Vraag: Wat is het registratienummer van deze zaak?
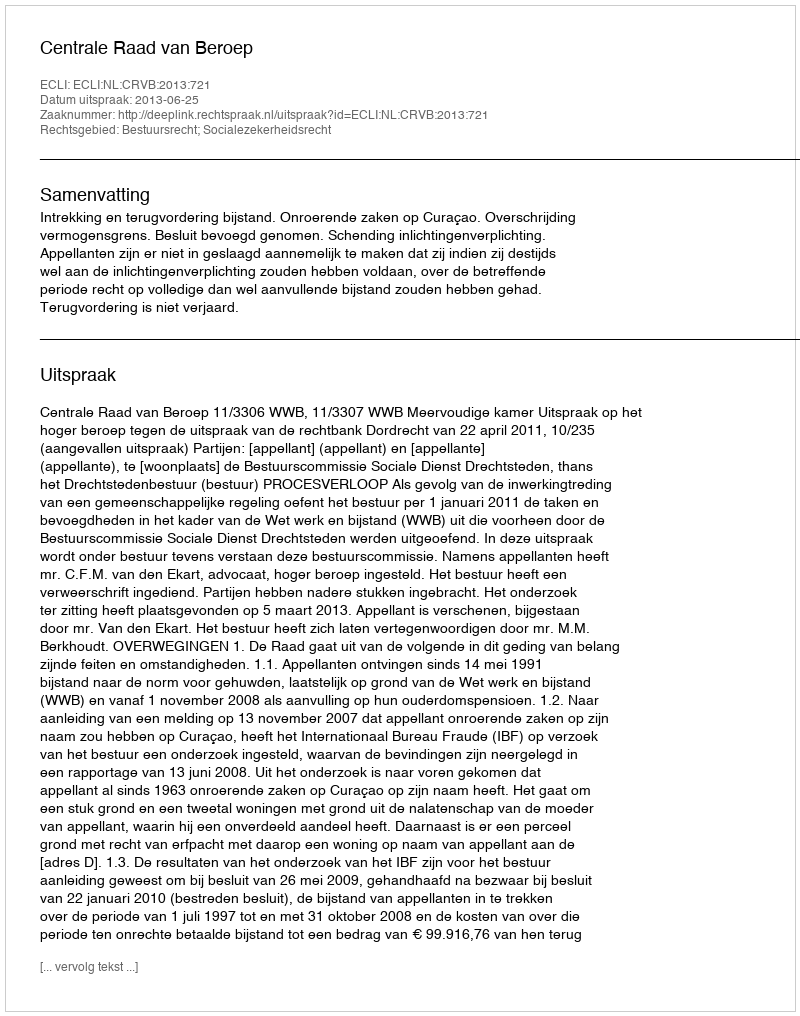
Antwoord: http://deeplink.rechtspraak.nl/uitspraak?id=ECLI:NL:CRVB:2013:721